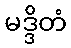
မဒ္ဒိတံ